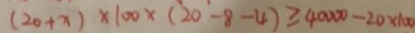
( 2 0 + x ) \times 1 0 0 \times ( 2 0 - 8 - 4 ) \geq 4 0 0 0 0 - 2 0 \times 1 0 0